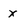
Character: x